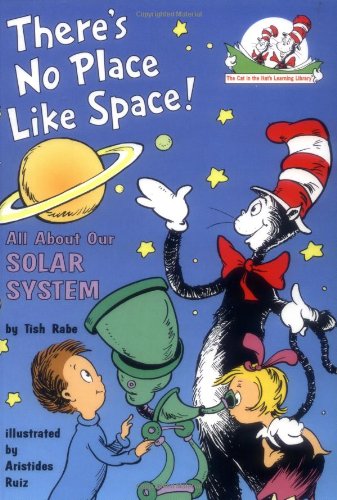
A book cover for There's No Place Like Space!: All About Our Solar System (Cat in the Hat's Learning Library); Tish Rabe; Science & Math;